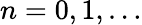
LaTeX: n=0,1,\ldots